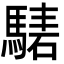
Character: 騞